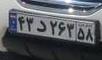
۴۳د۲۶۳۵۸